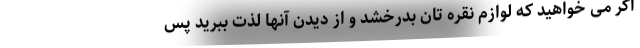
اگر می خواهید که لوازم نقره تان بدرخشد و از دیدن آنها لذت ببرید پس